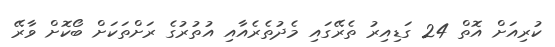
ކުރިއަށް އޮތް 24 ގަޑިއިރު ތެރޭގައި މެދުތެރެއާއި އުތުރުގެ ރަށްތަކަށް ބޯކޮށް ވާރޭ